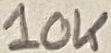
Text: 10K